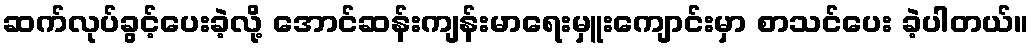
ဆက်လုပ်ခွင့်ပေးခဲ့လို့ အောင်ဆန်းကျန်းမာရေးမှူးကျောင်းမှာ စာသင်ပေး ခဲ့ပါတယ်။